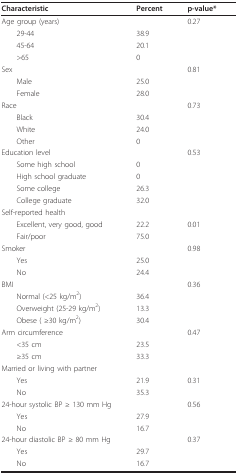
<table><thead><tr><td><b>Characteristic</b></td><td><b>Percent</b></td><td><b>p-value*</b></td></tr></thead><tbody><tr><td>Age group (years)</td><td></td><td>0.27</td></tr><tr><td> 29-44</td><td>38.9</td><td></td></tr><tr><td> 45-64</td><td>20.1</td><td></td></tr><tr><td> &gt;65</td><td>0</td><td></td></tr><tr><td>Sex</td><td></td><td>0.81</td></tr><tr><td> Male</td><td>25.0</td><td></td></tr><tr><td> Female</td><td>28.0</td><td></td></tr><tr><td>Race</td><td></td><td>0.73</td></tr><tr><td> Black</td><td>30.4</td><td></td></tr><tr><td> White</td><td>24.0</td><td></td></tr><tr><td> Other</td><td>0</td><td></td></tr><tr><td>Education level</td><td></td><td>0.53</td></tr><tr><td> Some high school</td><td>0</td><td></td></tr><tr><td> High school graduate</td><td>0</td><td></td></tr><tr><td> Some college</td><td>26.3</td><td></td></tr><tr><td> College graduate</td><td>32.0</td><td></td></tr><tr><td>Self-reported health</td><td></td><td></td></tr><tr><td> Excellent, very good, good</td><td>22.2</td><td>0.01</td></tr><tr><td> Fair/poor</td><td>75.0</td><td></td></tr><tr><td>Smoker</td><td></td><td>0.98</td></tr><tr><td> Yes</td><td>25.0</td><td></td></tr><tr><td> No</td><td>24.4</td><td></td></tr><tr><td>BMI</td><td></td><td>0.36</td></tr><tr><td> Normal (&lt;25 kg/m<sup>2</sup>)</td><td>36.4</td><td></td></tr><tr><td> Overweight (25-29 kg/m<sup>2</sup>)</td><td>13.3</td><td></td></tr><tr><td> Obese ( ≥30 kg/m<sup>2</sup>)</td><td>30.4</td><td></td></tr><tr><td>Arm circumference</td><td></td><td>0.47</td></tr><tr><td> &lt;35 cm</td><td>23.5</td><td></td></tr><tr><td> ≥35 cm</td><td>33.3</td><td></td></tr><tr><td>Married or living with partner</td><td></td><td></td></tr><tr><td> Yes</td><td>21.9</td><td>0.31</td></tr><tr><td> No</td><td>35.3</td><td></td></tr><tr><td>24-hour systolic BP ≥ 130 mm Hg</td><td></td><td>0.56</td></tr><tr><td> Yes</td><td>27.9</td><td></td></tr><tr><td> No</td><td>16.7</td><td></td></tr><tr><td>24-hour diastolic BP ≥ 80 mm Hg</td><td></td><td>0.37</td></tr><tr><td> Yes</td><td>29.7</td><td></td></tr><tr><td> No</td><td>16.7</td><td></td></tr></tbody></table>